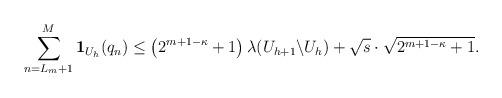
LaTeX: \begin{align*} \sum_{n=L_m+1}^{M}\mathbf{1}_{U_h}(q_n)\leq \left(2^{m+1-\kappa}+1\right)\lambda(U_{h+1}\backslash U_h)+\sqrt{s}\cdot\sqrt{2^{m+1-\kappa}+1}.\end{align*}